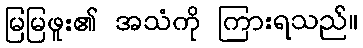
မြမြဖူး၏ အသံကို ကြားရသည်။